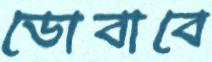
ডোবাবে